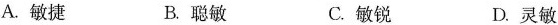
A.敏捷 B.聪敏 C.敏锐 D.灵敏